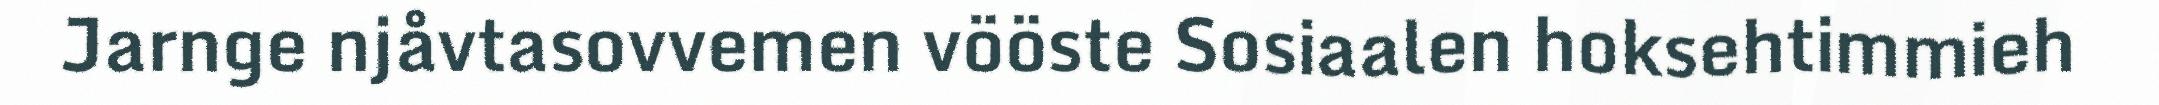
Jarnge njåvtasovvemen vööste Sosiaalen hoksehtimmieh